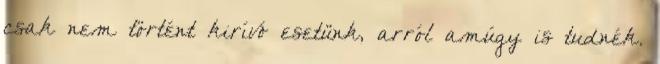
csak nem történt kirívó esetünk, arról amúgy is tudnék.